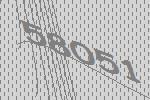
58051